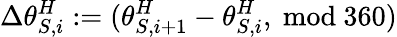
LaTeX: \Delta\theta_{S,i}^{H}:=(\theta_{S,i+1}^{H}-\theta_{S,i}^{H},\ \mathrm{mod}\ 360)